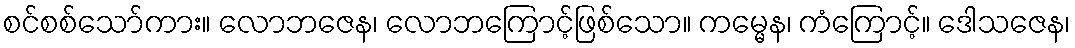
စင်စစ်သော်ကား။ လောဘဇေန၊ လောဘကြောင့်ဖြစ်သော။ ကမ္မေန၊ ကံကြောင့်။ ဒေါသဇေန၊